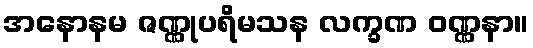
အနောနမ ဇဏ္ဏုပရိမသန လက္ခဏ ဝဏ္ဏနာ။